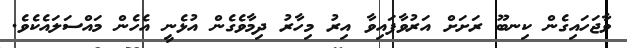
ވާޖަހައިގެން ކިނބޫ ރަށަށް އަރުވާފައިވާ އިރު މިހާރު ދިމާވެގެން އުޅެނީ އެހެން މައްސަލައެކެވެ.